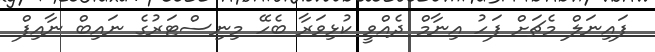
ފައިނަލް މެޗަށް ފަހު އިނާމް ދެއްވީ ކުޅިވަރާ ބެހޭ މިނިސްޓަރުގެ ނައިބް ނާއިފް